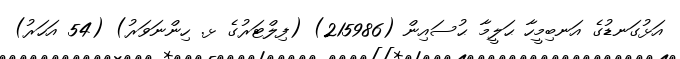
އަޅުގަނޑުގެ އަނބިމީހާ ޙަލީމާ ޙުސައިން (215986) (ފިލްޓަރުގެ ޅ. ހިންނަވަރު) (54 އަހަރު)